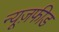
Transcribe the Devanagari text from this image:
न्यूज़फीड